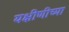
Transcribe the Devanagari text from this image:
यक्षीणीच्या